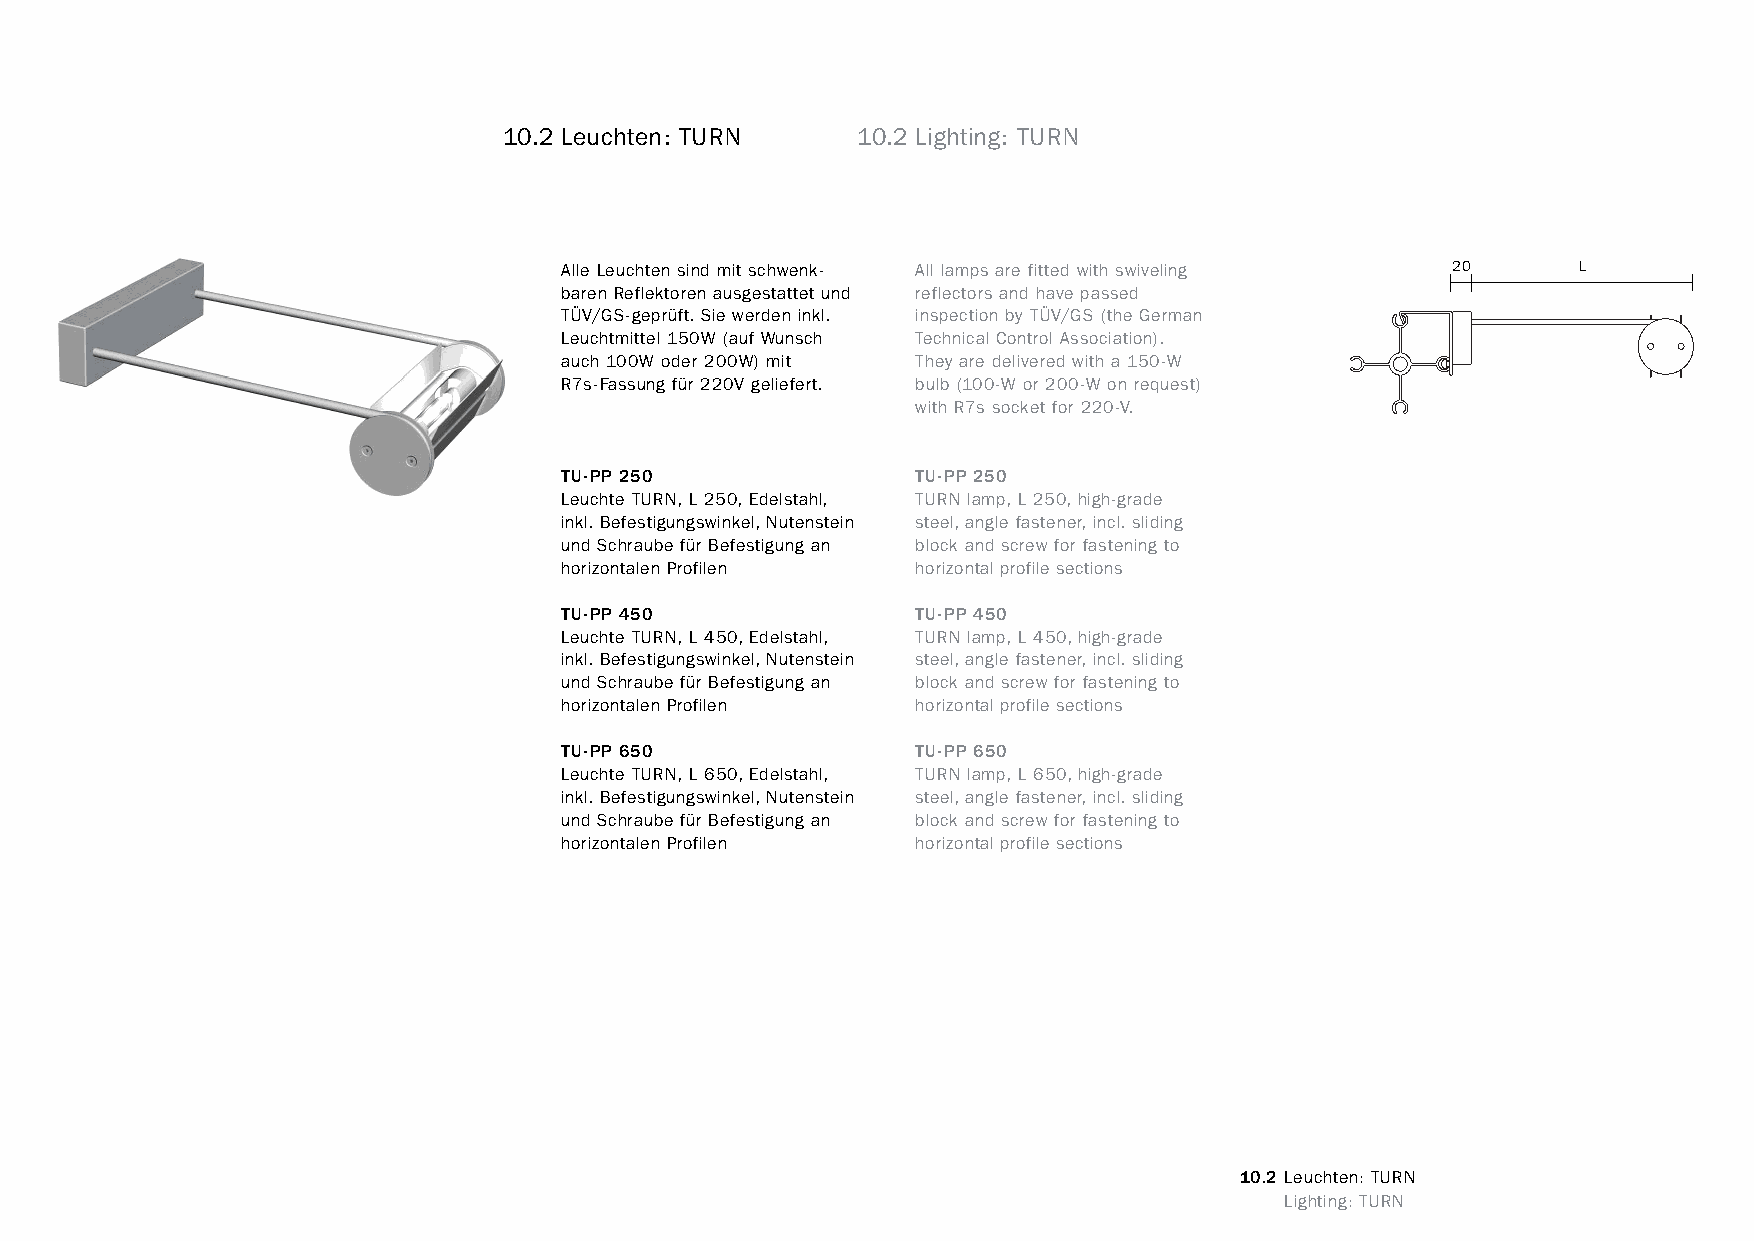
constructivpila petite       10.2 Leuchten: TURN     10.2 Lighting: TURN
 Alle Leuchten sind mit schwenk- All lamps are fitted with swiveling 20 L
 baren Reflektoren ausgestattet und reflectors and have passed
 TÜV/GS-geprüft. Sie werden inkl. inspection by TÜV/GS (the German
 Leuchtmittel 150W (auf Wunsch Technical Control Association).
 auch 100W oder 200W) mit They are delivered with a 150-W
 R7s-Fassung für 220V geliefert. bulb (100-W or 200-W on request)
 with R7s socket for 220-V.
 TU-PP 250               TU-PP 250
 Leuchte TURN, L 250, Edelstahl, TURN lamp, L 250, high-grade
 inkl. Befestigungswinkel, Nutenstein steel, angle fastener, incl. sliding
 und Schraube für Befestigung an block and screw for fastening to
 horizontalen Profilen   horizontal profile sections
 TU-PP 450               TU-PP 450
 Leuchte TURN, L 450, Edelstahl, TURN lamp, L 450, high-grade
 inkl. Befestigungswinkel, Nutenstein steel, angle fastener, incl. sliding
 und Schraube für Befestigung an block and screw for fastening to
 horizontalen Profilen   horizontal profile sections
 TU-PP 650               TU-PP 650
 Leuchte TURN, L 650, Edelstahl, TURN lamp, L 650, high-grade
 inkl. Befestigungswinkel, Nutenstein steel, angle fastener, incl. sliding
 und Schraube für Befestigung an block and screw for fastening to
 horizontalen Profilen   horizontal profile sections
 10.2 Leuchten: TURN
 www.burkhardtleitner.de                                                          Lighting: TURN